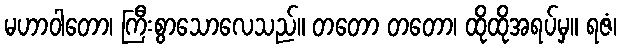
မဟာဝါတော၊ ကြီးစွာသောလေသည်။ တတော တတော၊ ထိုထိုအရပ်မှ။ ရဇံ၊